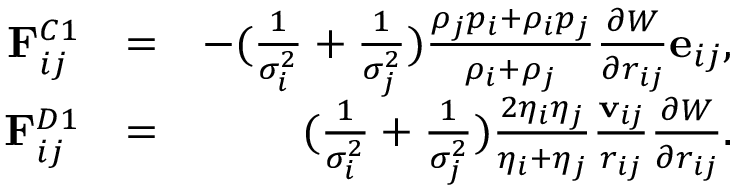
\begin{array} { r l r } { \mathbf { F } _ { i j } ^ { C 1 } } & { = } & { - ( \frac { 1 } { \sigma _ { i } ^ { 2 } } + \frac { 1 } { \sigma _ { j } ^ { 2 } } ) \frac { \rho _ { j } p _ { i } + \rho _ { i } p _ { j } } { \rho _ { i } + \rho _ { j } } \frac { \partial { W } } { \partial { r _ { i j } } } \mathbf { e } _ { i j } , } \\ { \mathbf { F } _ { i j } ^ { D 1 } } & { = } & { ( \frac { 1 } { \sigma _ { i } ^ { 2 } } + \frac { 1 } { \sigma _ { j } ^ { 2 } } ) \frac { 2 \eta _ { i } \eta _ { j } } { \eta _ { i } + \eta _ { j } } \frac { \mathbf { v } _ { i j } } { r _ { i j } } \frac { \partial { W } } { \partial { r _ { i j } } } . } \end{array}